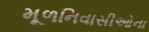
મૂળનિવાસીઓના